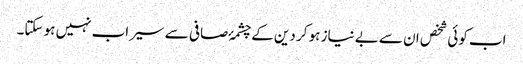
اب کوئی شخص ان سے بے نیاز ہو کر دین کے چشمۂ صافی سے سیراب نہیں ہو سکتا۔